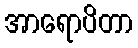
အာရောပိတာ